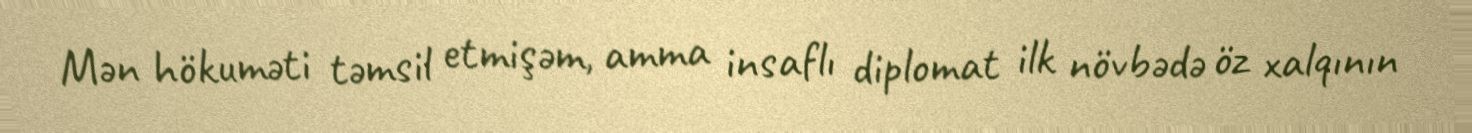
Mən hökuməti təmsil etmişəm, amma insaflı diplomat ilk növbədə öz xalqının